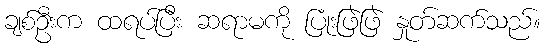
ချစ်ဦးက ထရပ်ပြီး ဆရာမကို ပြုံးဖြဲဖြဲ နှုတ်ဆက်သည်။